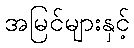
အမြင်များနှင့်